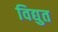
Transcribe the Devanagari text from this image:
विद्युत